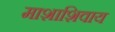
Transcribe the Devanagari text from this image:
माशाशिवाय